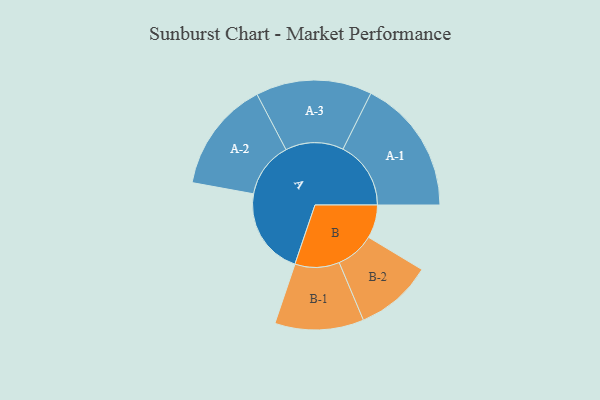
{"axis": {"x": "Segment", "y": "Value"}, "legend": ["", "A", "B"], "data": [{"x": "A", "y": 328, "type": ""}, {"x": "B", "y": 125, "type": ""}, {"x": "A-1", "y": 255, "type": "A"}, {"x": "A-2", "y": 209, "type": "A"}, {"x": "A-3", "y": 218, "type": "A"}, {"x": "B-1", "y": 167, "type": "B"}, {"x": "B-2", "y": 145, "type": "B"}]}